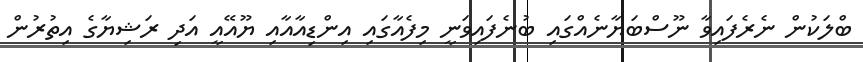
ބްލަކުން ނެރެފައިވާ ނޫސްބަޔާނެއްގައި ބުނެފައިވަނީ މިފެއާގައި އިންޑިއާއާއި ޔޫއޭއީ އަދި ރަޝިޔާގެ އިތުރުން